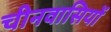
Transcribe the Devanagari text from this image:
चीनवासियों